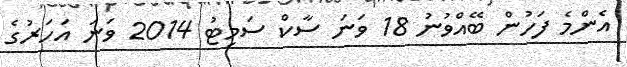
އެންމެ ފަހުން ބޭއްވުނު 18 ވަނަ ސާކް ސަމިޓު 2014 ވަނަ އަހަރުގެ